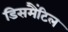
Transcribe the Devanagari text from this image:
डिसमैंटिल